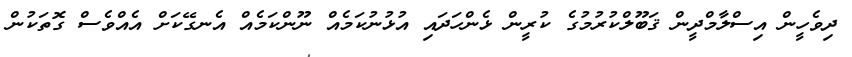
ދިވެހީން އިސްލާމްދީން ޤަބޫލްކުރުމުގެ ކުރީން ޅެންހަދައި އުޅުނުކަމެއް ނޫންކަމެއް އެނގޭކަށް އެއްވެސް ގޮތަކުން